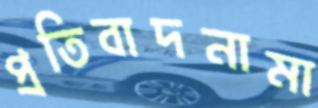
প্রতিবাদনামা